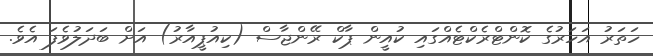
ހަތަރު އަހަރުގެ ކޮންޓްރެކްޓެއްގައި ކުއީން ޕާކް ރޭންޖާސް (ކިއުޕީއާރު) އަށް ބަދަލުވެފަ އެވެ.